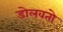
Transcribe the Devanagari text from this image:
डोलवतो